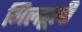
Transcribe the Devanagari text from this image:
गिलहूली